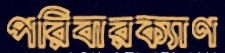
পরিবারক্যাণ